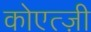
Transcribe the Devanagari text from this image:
कोएत्ज़ी